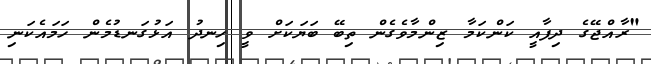
"ރާއްޖޭގެ ދިފާއީ ކަންކަމާ ޒިންމާވެގެން ތިބޭ ބަޔަކަށް ވީ ހިނދު އަޅުގަނޑުމެން ހަމައެކަނި